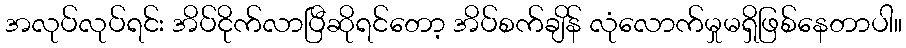
အလုပ်လုပ်ရင်း အိပ်ငိုက်လာပြီဆိုရင်တော့ အိပ်စက်ချိန် လုံလောက်မှုမရှိဖြစ်နေတာပါ။